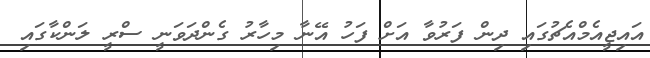
އައިޖީއެމްއެޗުގައި ދިން ފަރުވާ އަށް ފަހު އޭނާ މިހާރު ގެންދަވަނީ ސްރީ ލަންކާގައި